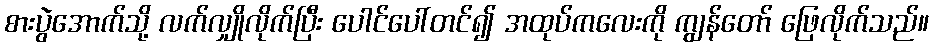
စားပွဲအောက်သို့ လက်လျှိုလိုက်ပြီး ပေါင်ပေါ်တင်၍ အထုပ်ကလေးကို ကျွန်တော် ဖြေလိုက်သည်။